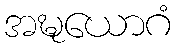
အဍ္ဎယောဂံ